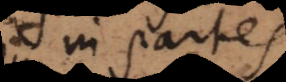
in partes